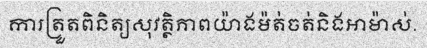
ការត្រួតពិនិត្យសុវត្ថិភាពយ៉ាងម៉ត់ចត់និងអាម៉ាស់.